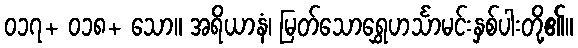
၀၁၇+ ၀၁၈+ သော။ အရိယာနံ၊ မြတ်သောရွှေဟင်္သာမင်းနှစ်ပါးတို့၏။